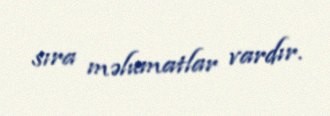
sıra məlumatlar vardır.